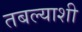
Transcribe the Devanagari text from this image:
तबल्याशी